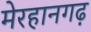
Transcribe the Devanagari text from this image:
मेरहानगढ़